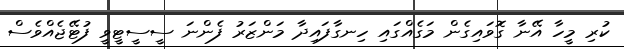
ކުރި މީހާ އޭނާ ގޮވައިގެން މަގެއްގައި ހިނގާފައިދާ މަންޒަރު ފެންނަ ސީސީޓީވީ ފުޓޭޖެއްވެސް